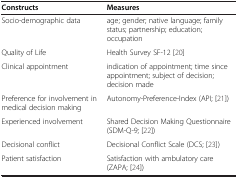
| Constructs | Measures |
 | --- | --- |
 | Socio-demographic data | age; gender; native language; family status; partnership; education; occupation |
 | Quality of Life | Health Survey SF-12 [20] |
 | Clinical appointment | indication of appointment; time since appointment; subject of decision; decision made |
 | Preference for involvement in medical decision making | Autonomy-Preference-Index (API; [21]) |
 | Experienced involvement | Shared Decision Making Questionnaire (SDM-Q-9; [22]) |
 | Decisional conflict | Decisional Conflict Scale (DCS; [23]) |
 | Patient satisfaction | Satisfaction with ambulatory care (ZAPA; [24]) |